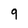
Character: 9